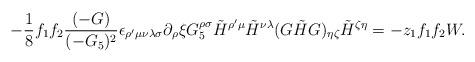
LaTeX: \begin{align*}- {1\over 8} f_1 f_2 {(-G)\over (-G_5)^2} \epsilon_{\rho'\mu\nu\lambda\sigma}\partial_\rho \xi G_5^{\rho\sigma} \tilde{H}^{\rho'\mu} \tilde{H}^{\nu\lambda}(G\tilde{H}G)_{\eta\zeta} \tilde{H}^{\zeta\eta}= - z_1 f_1 f_2 W.\end{align*}